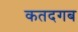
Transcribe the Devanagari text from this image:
कतदगब